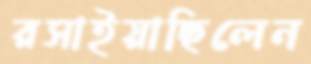
রসাইয়াছিলেন